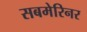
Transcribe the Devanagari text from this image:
सबमेरिनर